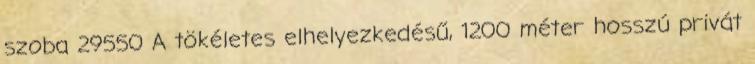
szoba 29550 A tökéletes elhelyezkedésű, 1200 méter hosszú privát